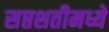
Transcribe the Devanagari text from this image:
सप्तशतीमध्ये